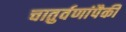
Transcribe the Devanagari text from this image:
चातुर्वणांपैकी